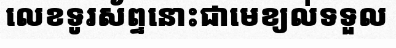
លេខទូរស័ព្ទនោះជាមេខ្យល់ទទួល